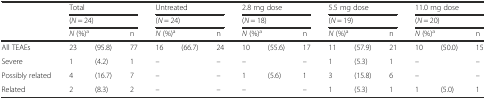
|  | <COLSPAN=3> Total | <COLSPAN=3> Untreated | <COLSPAN=3> 2.8 mg dose | <COLSPAN=3> 5.5 mg dose | <COLSPAN=3> 11.0 mg dose |
 |  | <COLSPAN=3> (N = 24) | <COLSPAN=3> (N = 24) | <COLSPAN=3> (N = 18) | <COLSPAN=3> (N = 19) | <COLSPAN=3> (N = 20) |
 |  | <COLSPAN=2> N (%)a | n | <COLSPAN=2> N (%)a | n | <COLSPAN=2> N (%)a | n | <COLSPAN=2> N (%)a | n | <COLSPAN=2> N (%)a | n |
 | --- | --- | --- | --- | --- | --- | --- | --- | --- | --- | --- | --- | --- | --- | --- | --- |
 | All TEAEs | 23 | (95.8) | 77 | 16 | (66.7) | 24 | 10 | (55.6) | 17 | 11 | (57.9) | 21 | 10 | (50.0) | 15 |
 | Severe | 1 | (4.2) | 1 | – |  | – | – |  | – | 1 | (5.3) | 1 | – |  | – |
 | Possibly related | 4 | (16.7) | 7 | – |  | – | 1 | (5.6) | 1 | 3 | (15.8) | 6 | – |  | – |
 | Related | 2 | (8.3) | 2 | – |  | – | – |  | – | 1 | (5.3) | 1 | 1 | (5.0) | 1 |